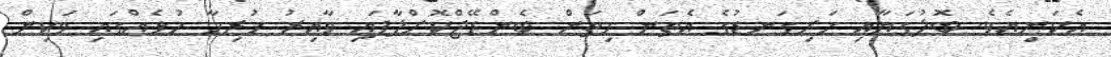
އެކަނިއެވެ. ބޮލުގަޔާއި ހަށިގަނޑުގެ އެތަން މިތަން ބެންޑޭޖްކޮށްލާފައި ވާއިރު ހުރިހާ ހުޅެއްގައި ވަކިން